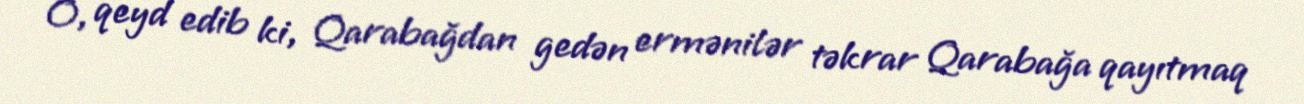
O, qeyd edib ki, Qarabağdan gedən ermənilər təkrar Qarabağa qayıtmaq